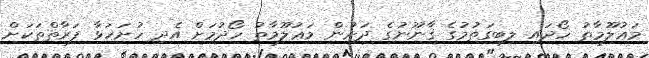
މަޢުލޫމާތު ހޯދައި ލިބިގަތުމުގެ ޤާނޫނުގެ ދަށުން މަޢުލޫމާތު ހޯދުމަށް އެދި ހުށަހަޅާ ފަރާތްތަކަށް